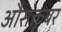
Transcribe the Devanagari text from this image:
औराक्तूबर